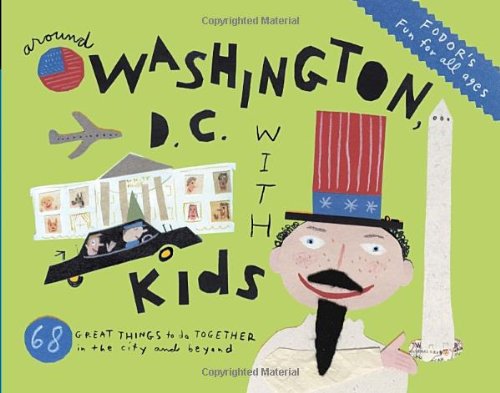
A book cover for Fodor's Around Washington, D.C. with Kids (Travel Guide); Fodor's; Travel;